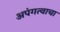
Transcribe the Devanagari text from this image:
अपंगत्वाचा